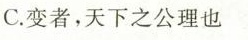
C.变者，天下之公理也